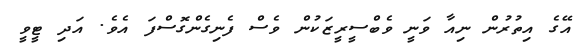
އޭގެ އިތުރުން ނިއާ ވަނީ ވެބްސީރީޒަކުން ވެސް ފެނިގެންގޮސްފަ އެވެ. އަދި ޓީވީ